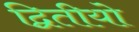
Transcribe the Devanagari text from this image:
द्वितीयो